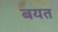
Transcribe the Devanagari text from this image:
बयत